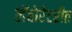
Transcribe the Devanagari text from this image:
लॅबोरेटरीत